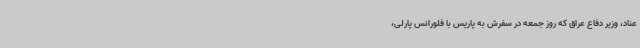
عناد، وزیر دفاع عراق که روز جمعه در سفرش به پاریس با فلورانس پارلی،